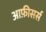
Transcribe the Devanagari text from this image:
आफ़ीसर्स